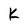
Character: K